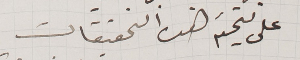
على نتيجة هذه التحقيقات